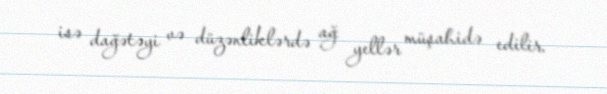
isə dağətəyi və düzənliklərdə ağ yellər müşahidə edilir.